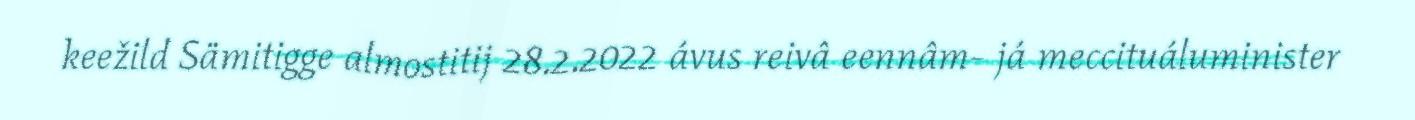
keežild Sämitigge almostitij 28.2.2022 ávus reivâ eennâm- já meccituáluminister